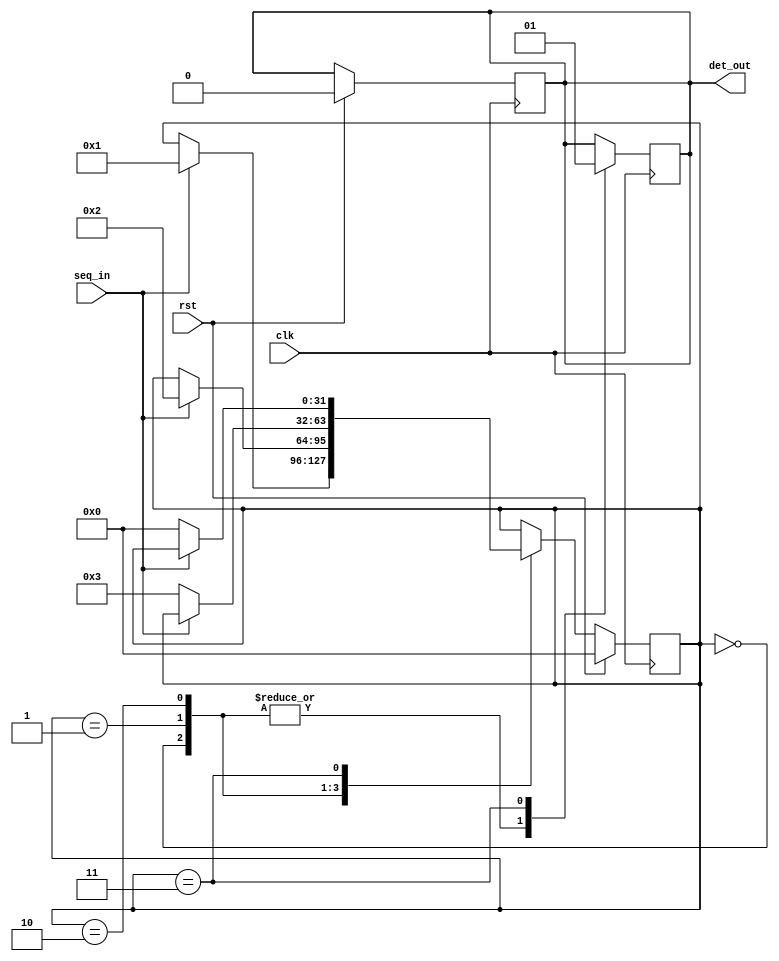
/*
  Author : Rakotojaona Nambinina
  email : Andrianoelisoa.Rakotojaona@gmail.com
  Description : Sequence number detector (Detect "110")
*/

module sequenceDetector(
                        clk,
                        rst,
                        seq_in,
                        det_out 
                        );
  input clk; 
  input rst; 
  input seq_in; 
  output reg det_out; 
  
  // state machine
  
  integer state ;
  
  always @ (posedge clk)
    begin
      if (rst)
        begin
          det_out <=0;
          state <= 0;
        end
      else
        begin
          case (state)
            0:
              begin
                if (seq_in)
                  begin
                    state <=1;
                  end 
              end
            1:
              begin
                if (seq_in)
                  begin
                    state <=2;
                  end 
              end
            2:
              begin
                if (!seq_in)
                  begin
                    state <= 3;
                  end 
              end 
            3:
              begin
                if (!seq_in)
                  begin
                    state <= 0;
                  end 
              end  
               
          endcase
        end
    end
  always @ (negedge clk)
    begin
      case (state)
        0:
          begin 
            det_out <= 0;
          end
        1:
          begin
            det_out <= 0;
          end 
        2:
          begin
            det_out <=0;
          end
        3:
          begin
            det_out <=1;
          end 
      endcase
    end  
endmodule

/*

module tb_test1(

    );
    
  reg clk; 
  reg rst; 
  reg seq_in; 
  wire  det_out; 
    
   sequenceDetector uut(
                        clk,
                        rst,
                        seq_in,
                        det_out 
                        );
  initial 
    begin
      clk = 0;
      rst =1;
      seq_in =0;
      #10 
      rst =0;
      #30 
      seq_in  =1;
      #30
      seq_in  =0;

    end 
    
  always 
    begin
      #5 clk = ! clk;
    end 
endmodule

*/